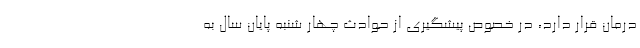
درمان قرار دارد، در خصوص پیشگیری از حوادث چهار شنبه پایان سال به